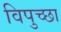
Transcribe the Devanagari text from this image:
विपुच्छा